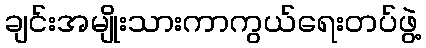
ချင်းအမျိုးသားကာကွယ်ရေးတပ်ဖွဲ့